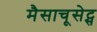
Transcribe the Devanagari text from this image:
मैसाचूसेट्स